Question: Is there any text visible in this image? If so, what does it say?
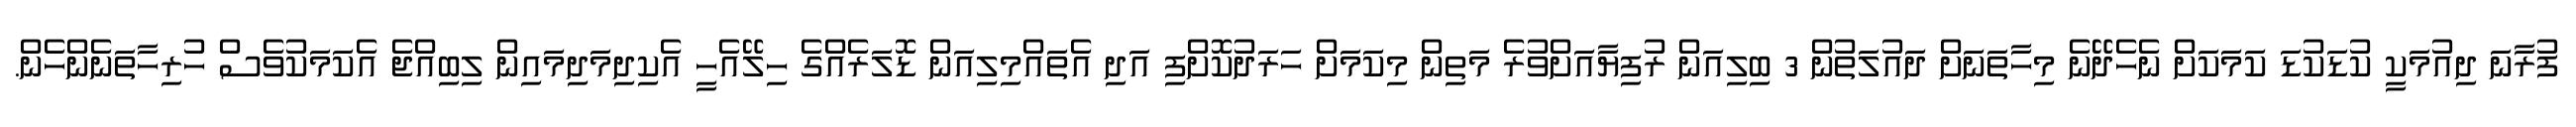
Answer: ފުރާނަ ދިއުމަކީ ކުޑަކުޑަ ކަމަކަށް ނެހެދޭނެ މިހާތަނަށް ދައުލަތުން 3 ބިލިއަން ރުފިޔާއަށްވުރެ މަތިން މިކަމަށް ހަރަދުކޮށްފި އަދި އެތައްމިލިއަން ޑޮލަރެއްގެ ހިލޭއެހީ އެކިދިމަދިމައިން ލިބިއްޖެ އެކަމަކުވެސް ހުރިހާތަނެންހެން.